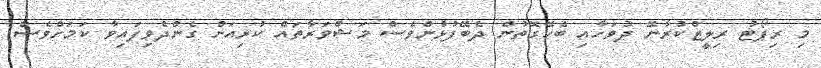
މި ރިޕޯޓު ރިލީޒްކުރާނޭ ދުވަހާއި ބެހޭގޮތުން ދެބޭފުޅުންވެސް މަޝްވަރާތައް ކުރިއަށް ގެންދެވިފައިވާ ކަމަށްވެސް